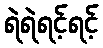
ရဲရဲရင့်ရင့်